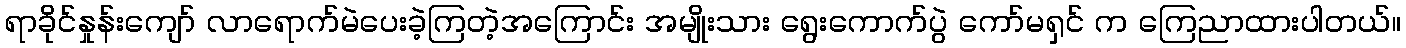
ရာခိုင်နှုန်းကျော် လာရောက်မဲပေးခဲ့ကြတဲ့အကြောင်း အမျိုးသား ရွေးကောက်ပွဲ ကော်မရှင် က ကြေညာထားပါတယ်။